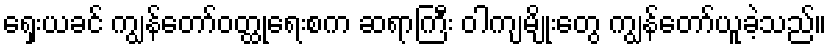
ရှေးယခင် ကျွန်တော်ဝတ္ထုရေးစက ဆရာကြီး ဝါကျမျိုးတွေ ကျွန်တော်ယူခဲ့သည်။